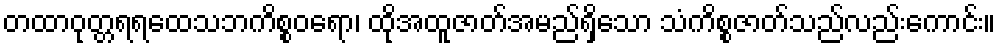
တထာဝုတ္တရရထေသဘကိစ္စဝရော၊ ထိုအထူဇာတ်အမည်ရှိသော သံကိစ္စဇာတ်သည်လည်းကောင်း။